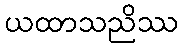
ယထာသညိဿ